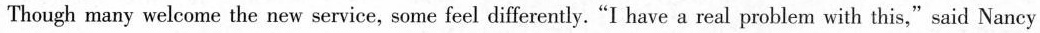
Though many welcome the new service, some feel differently."I have a real problem with this,"said Nancy